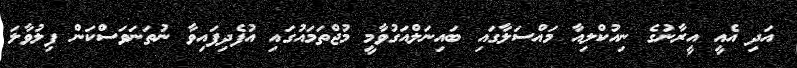
އަދި އެއީ އީރާނުގެ ނިއުކްލިއާ މައްސަލާގައި ބައިނަލްއަގުވާމީ މުޖްތަމައުގައި އުފެދިފައިވާ ނުތަނަވަސްކަން ފިލުވާލަ